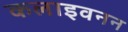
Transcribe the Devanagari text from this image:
कलाइवनन